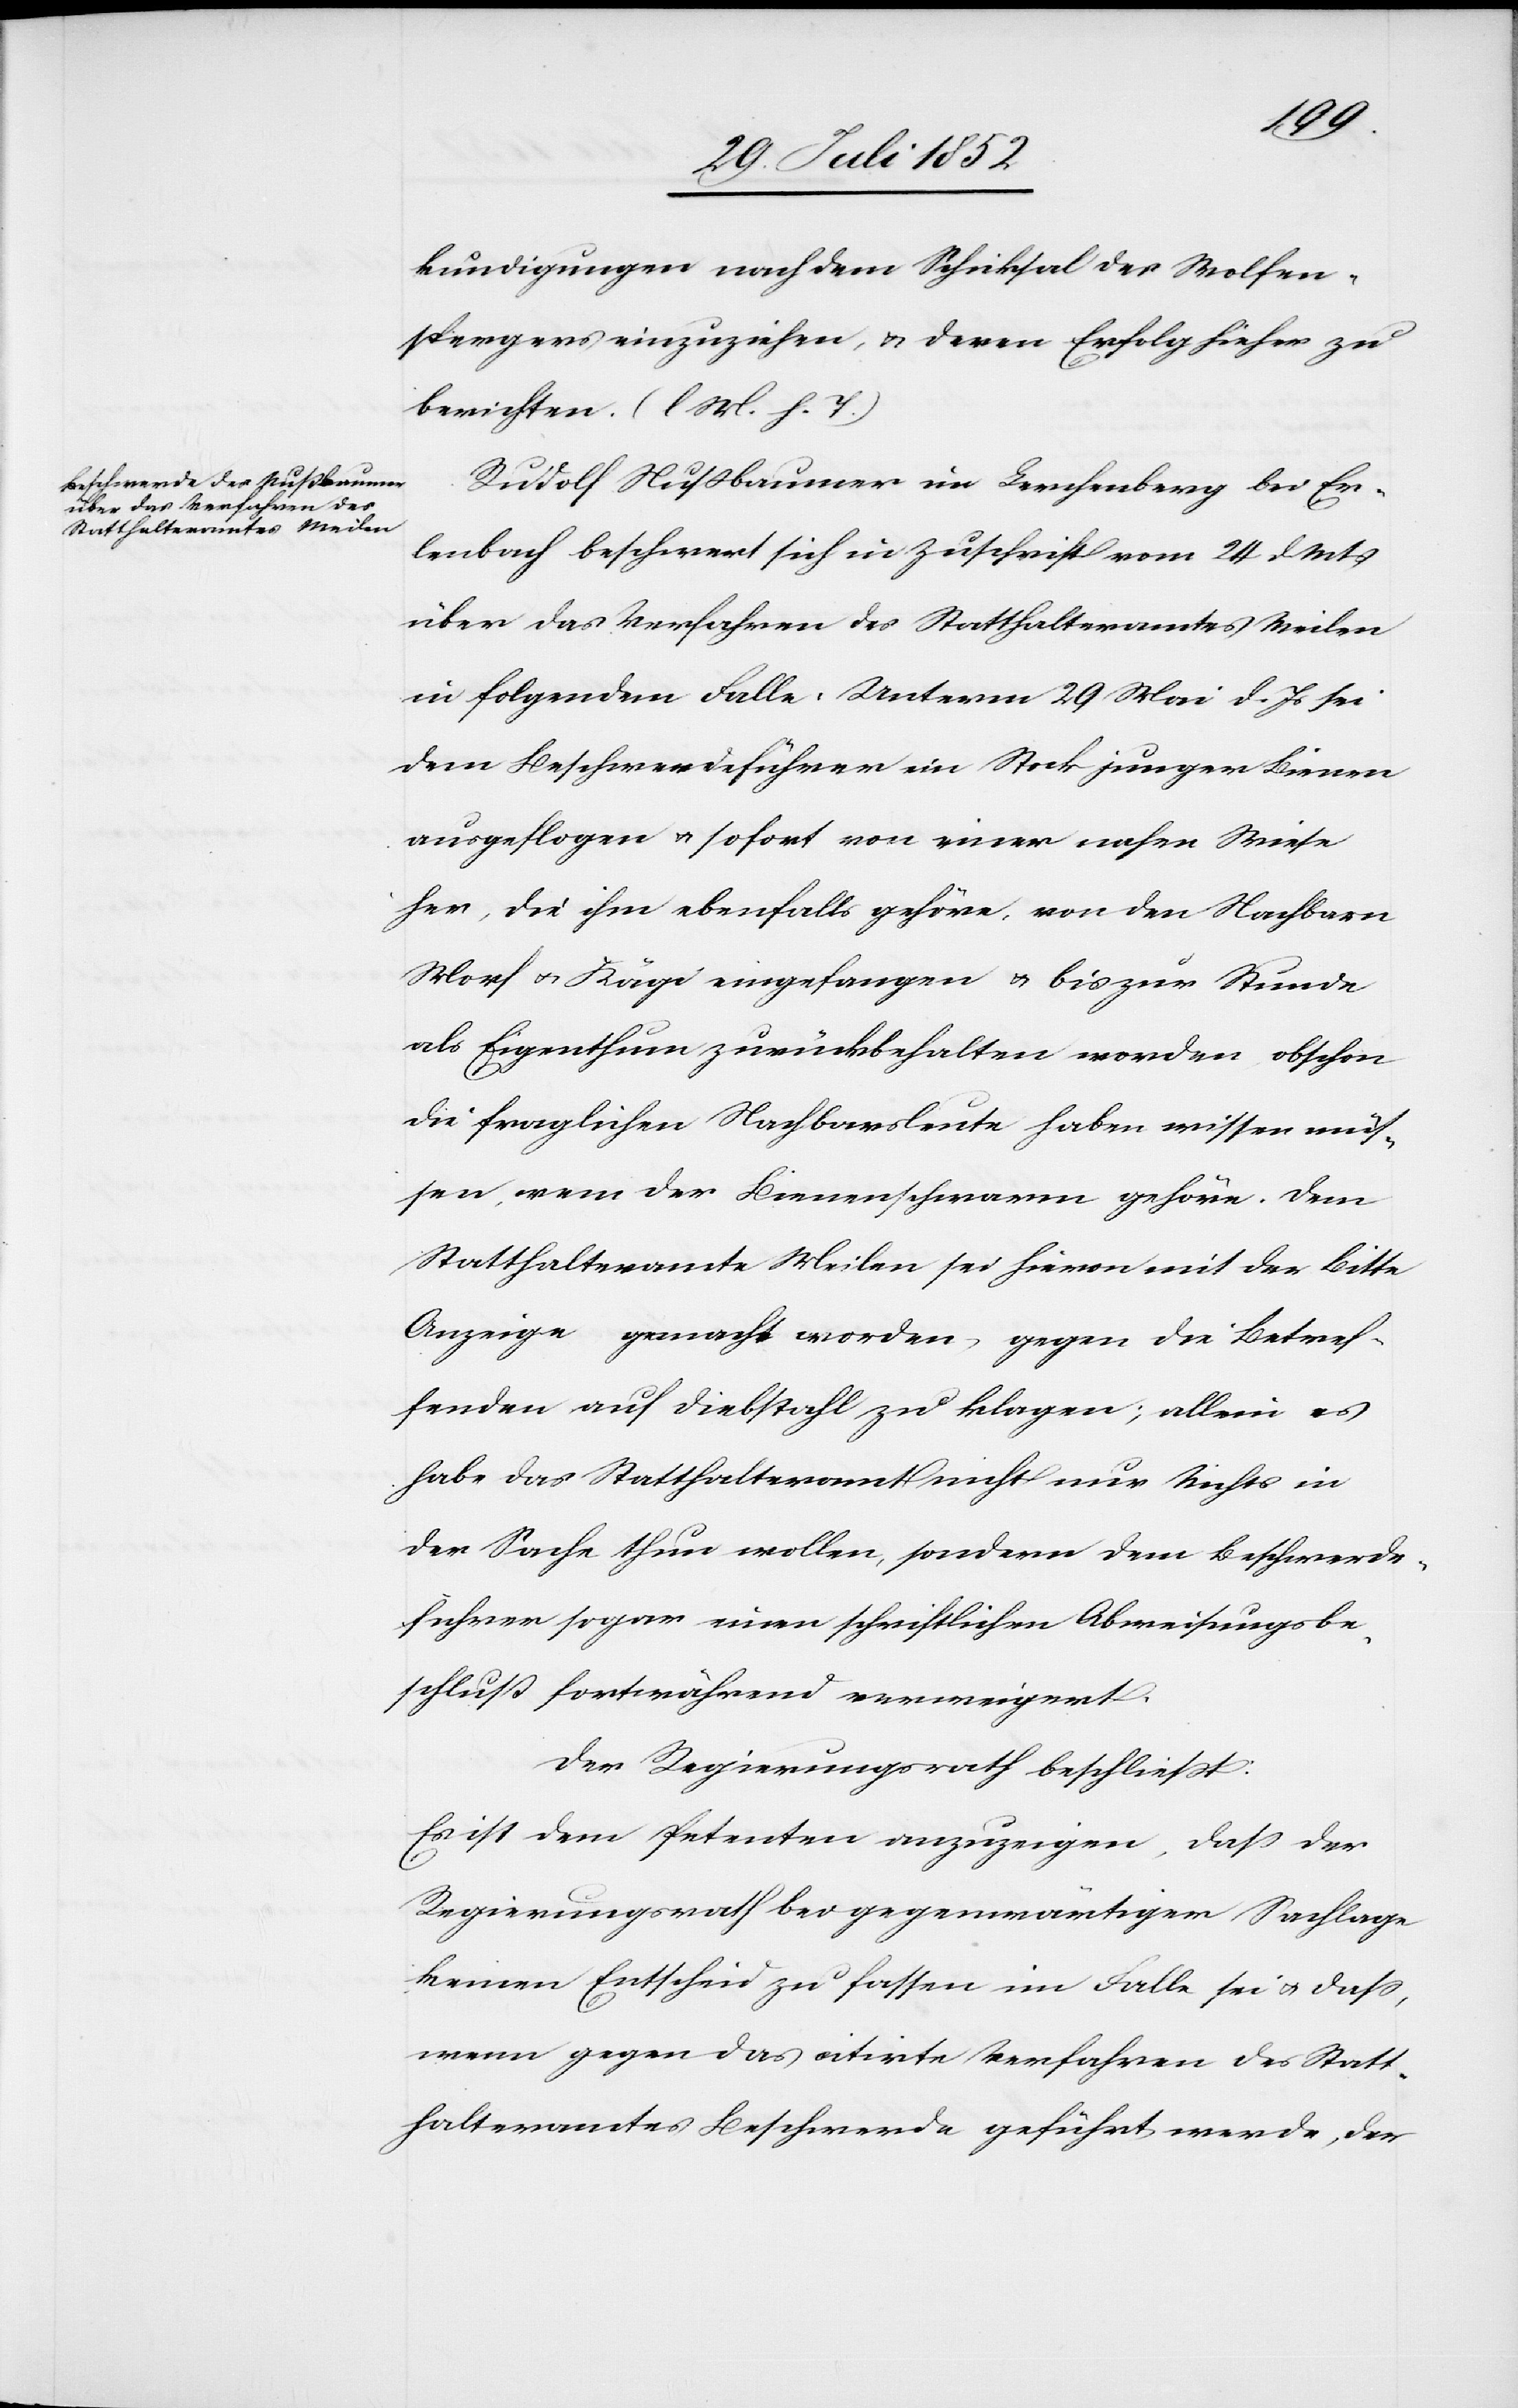
kundigungen nach dem Schicksal des Wolfen¬
spergers einzuziehen, & deren Erfolg hieher zu
berichten. (l M. h. T.)
Rudolf Nußbaumer im Lerchenberg bei Er¬
lenbach beschwert sich in Zuschrift vom 24 d Mts
über das Verfahren des Statthalteramtes Meilen
in folgendem Falle: Unterm 29 Mai d. Js sei
dem Beschwerdeführer ein Stock junger Bienen
ausgeflogen & sofort von einer nahen Wiese
her, die ihm ebenfalls gehöre, von den Nachbarn
Morf & Kägi eingefangen & bis zur Stunde
als Eigenthum zurückbehalten worden obschon
die fraglichen Nachbarsleute haben wissen müs¬
sen, wem der Bienenschwarm gehöre. Dem
Statthalteramte Meilen sei hievon mit der Bitte
Anzeige gemacht worden, gegen die Betref¬
fenden auf Diebstahl zu klagen; allein es
habe das Statthalteramt nicht nur Nichts in
der Sache thun wollen, sondern dem Beschwerde¬
führer sogar einen schriftlichen Abweisungsbe¬
schluß fortwährend verweigert.
Der Regierungsrath beschliesst:
Es ist dem Petenten anzuzeigen, dass der
Regierungsrath bei gegenwärtiger Sachlage
keinen Entscheid zu fassen im Falle sei & dass,
wenn gegen das citirte Verfahren des Statt¬
halteramtes Beschwerde geführt werde, der